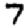
Digit: 7